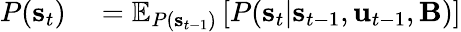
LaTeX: \begin{array}{rl}{P(\mathbf{s}_{t})}&{{}=\mathbb{E}_{P(\mathbf{s}_{t-1})}\left[P(\mathbf{s}_{t}|\mathbf{s}_{t-1},\mathbf{u}_{t-1},\mathbf{B})\right]}\end{array}